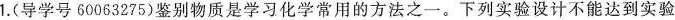
1.(导学号60063275)鉴别物质是学习化学常用的方法之一。下列实验设计不能达到实验